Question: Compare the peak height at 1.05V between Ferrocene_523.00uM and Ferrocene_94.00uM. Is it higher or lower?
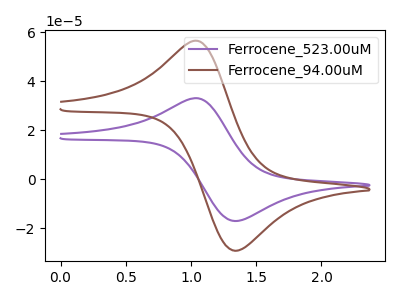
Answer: <think>The purple curve "Ferrocene_523.00uM" has an anodic peak at (1.05V, 33.05uA) and a cathodic peak at (1.35V, -17.15uA). The brown curve "Ferrocene_94.00uM" has an anodic peak at (1.05V, 56.55uA) and a cathodic peak at (1.35V, -29.30uA).</think>
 <answer>The peak at 1.05V is lower in "Ferrocene_523.00uM" than in "Ferrocene_94.00uM".</answer>
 <eval>lower</eval>